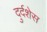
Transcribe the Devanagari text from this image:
दुर्दशेस